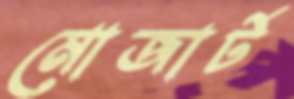
মোজার্ট